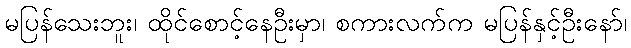
မပြန်သေးဘူး၊ ထိုင်စောင့်နေဦးမှာ၊ စကားလက်က မပြန်နှင့်ဦးနော်၊